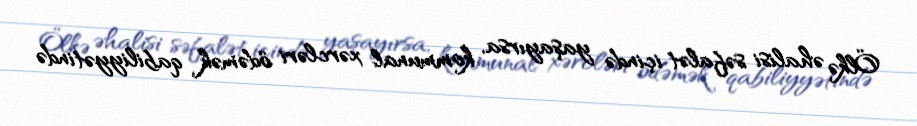
Ölkə əhalisi səfalət içində yaşayırsa, kommunal xərcləri ödəmək qabiliyyətində